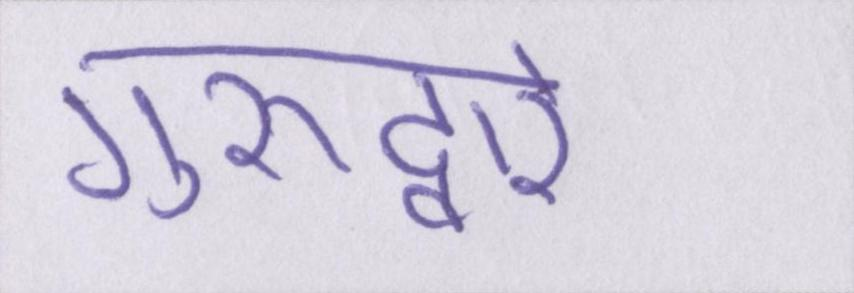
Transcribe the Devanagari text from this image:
गुरूद्वारे